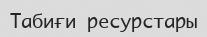
Табиғи ресурстары